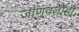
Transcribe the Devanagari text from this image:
जाणवतोही